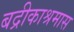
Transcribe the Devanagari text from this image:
बद्रीकाश्रमास